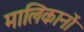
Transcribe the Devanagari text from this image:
मालिकानों